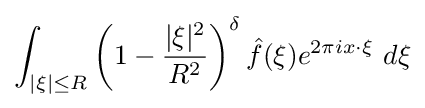
\int _{|\xi |\leq R}\left(1-{\frac {|\xi |^{2}}{R^{2}}}\right)^{\delta }{\hat {f}}(\xi )e^{2\pi ix\cdot \xi }\ d\xi